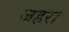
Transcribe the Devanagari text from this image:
जहरा